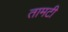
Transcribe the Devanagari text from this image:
तामटी